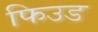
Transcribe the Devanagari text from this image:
फिउड